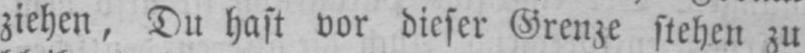
ziehen, Du hast vor dieser Grenze stehen zu